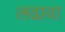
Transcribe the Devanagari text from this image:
लढावा